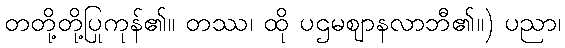
တတို့တို့ပြုကုန်၏။ တဿ၊ ထို ပဌမဈာနလာဘီ၏။) ပညာ၊